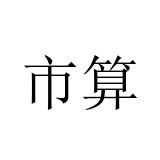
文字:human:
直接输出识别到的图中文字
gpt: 市算